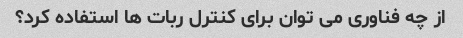
از چه فناوری می توان برای کنترل ربات ها استفاده کرد؟